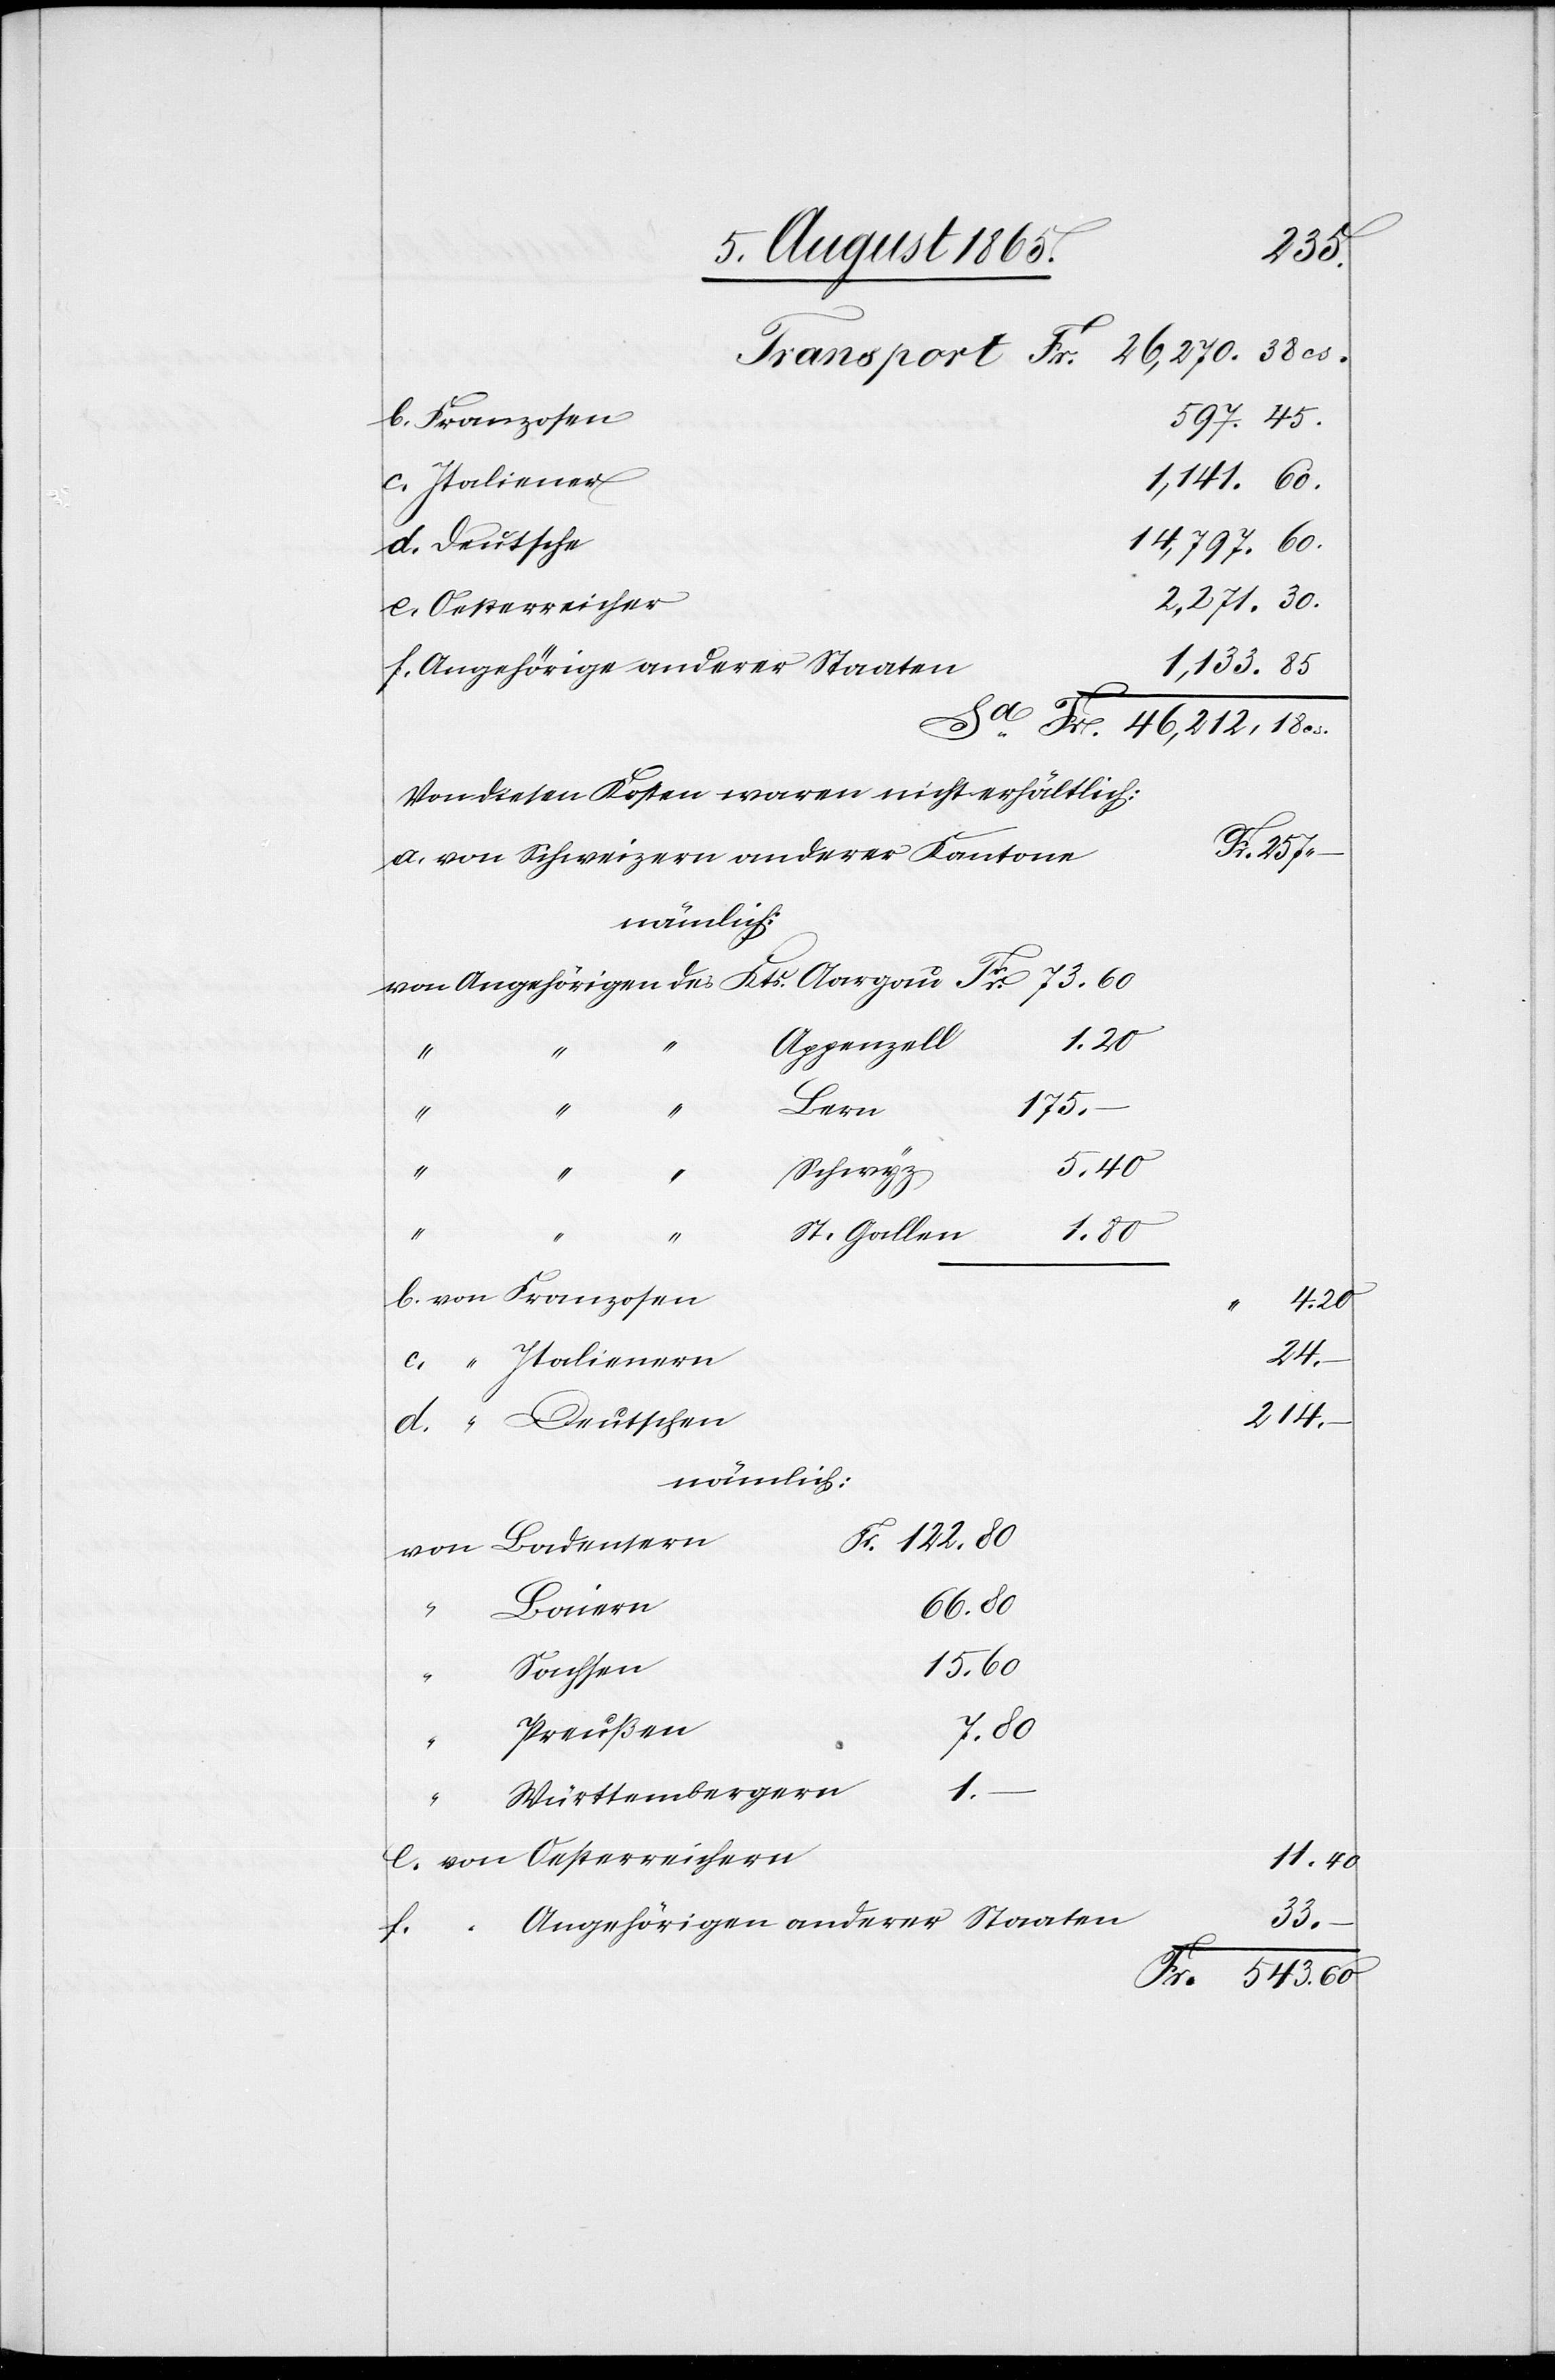
85
Oesterreicher
f. Angehöriger anderer Staaten
Von diesen Kosten waren nicht erhältlich:
Kts.
a. von Schweizern anderer Kantone
122
Appenzell
40
Bern
175
“
“
“
Schwyz
“ “
“
St. Gallen
18
“
543
b. von Franzosen
80
f.
c. “ Italienern
d. “ Deutschen
nämlich:
38
von Badensern
Sachsen
Preußen
d.
Württembergern
1
e. von Oesterreichern
Fr.